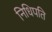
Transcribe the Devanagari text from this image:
निधिपति